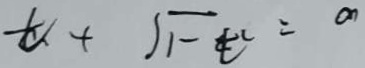
t + \sqrt { 1 - t ^ { 2 } } = a ,